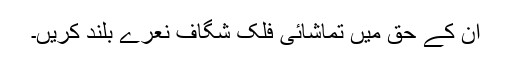
ان کے حق میں تماشائی فلک شگاف نعرے بلند کریں۔